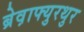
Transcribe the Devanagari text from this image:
ब्रेव़ाफ्युरथुर